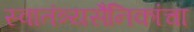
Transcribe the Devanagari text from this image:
स्वातंत्र्यसैनिकांचा